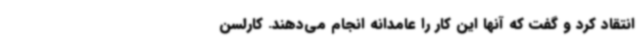
انتقاد کرد و گفت که آنها این کار را عامدانه انجام می‌دهند. کارلسن